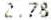
2.78